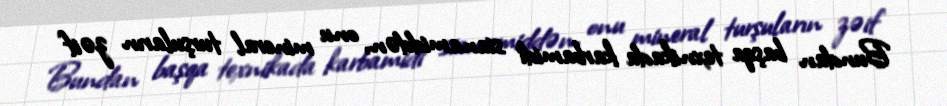
Bundan başqa texnikada karbamidi sianamiddən, onu mineral turşuların zəif